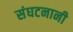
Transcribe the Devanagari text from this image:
संघटनानी